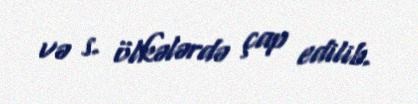
və s. ölkələrdə çap edilib.